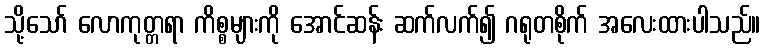
သို့သော် လောကုတ္တရာ ကိစ္စများကို အောင်ဆန်း ဆက်လက်၍ ဂရုတစိုက် အလေးထားပါသည်။